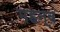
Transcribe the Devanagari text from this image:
महन्व